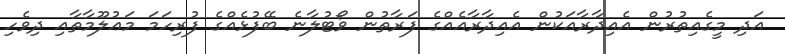
އަދި މީގެއިތުރުން އެއިދާރާއަކުން އެއިދާރާއެއްގެ ފަރާތުން ވޯޓުލާނެ ބޭފުޅެއްގެ ފުރިހަމަ މަޢުލޫމާތާއި ދިވެހި